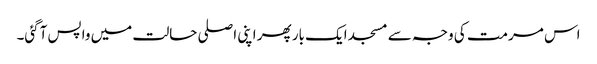
اس مرمت کی وجہ سے مسجد ایک بار پھر اپنی اصلی حالت میں واپس آگئی۔